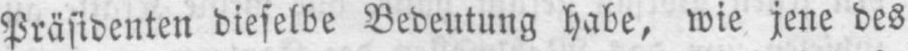
Präsidenten dieselbe Bedeutung habe, wie jene des